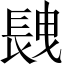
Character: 𨱽